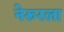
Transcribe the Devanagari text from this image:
नेरुरला